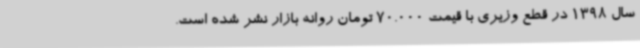
سال 1398 در قطع وزیری با قیمت 70.000 تومان روانه بازار نشر شده است.